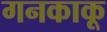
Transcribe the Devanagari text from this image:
गनकाकू